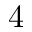
4